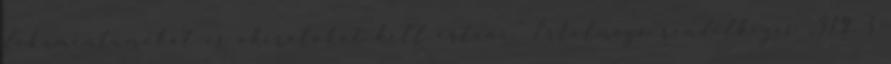
dokumentumokat és okiratokat kell érteni.” Értelmező rendelkezés „319. §